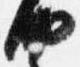
納